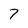
Character: 7